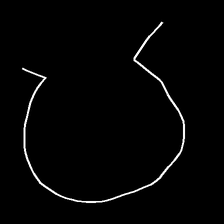
Glyph: weave